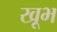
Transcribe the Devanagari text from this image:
खूभ